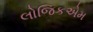
લોજિકએમ